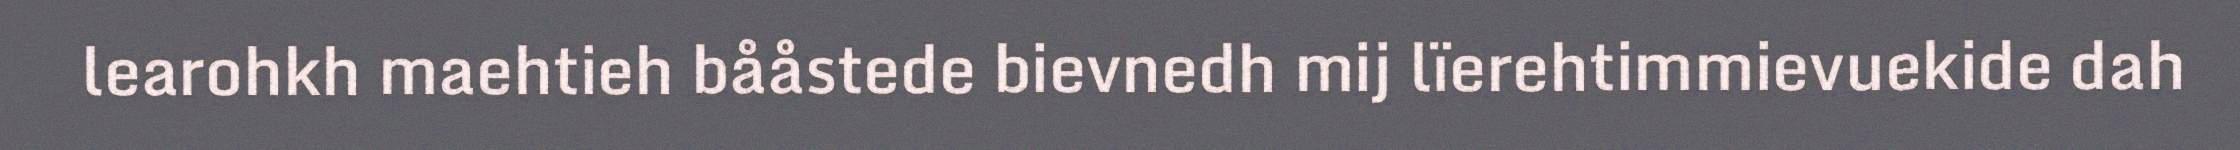
learohkh maehtieh bååstede bievnedh mij lïerehtimmievuekide dah